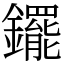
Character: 䥯